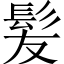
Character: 髪